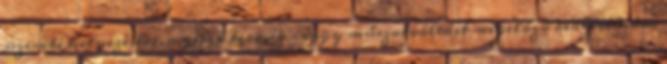
üzembe helyezésére, a gépek termék- vagy műszakváltást megelőző beállítására